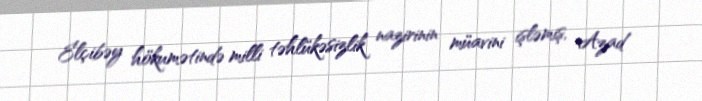
Elçibəy hökumətində milli təhlükəsizlik nazirinin müavini işləmiş, Azad